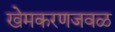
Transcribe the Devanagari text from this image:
खेमकरणजवळ